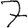
Digit: 7